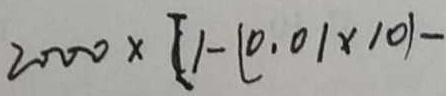
2 0 0 0 \times [ 1 - ( 0 . 0 1 \times 1 0 ) -